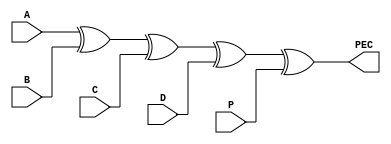
`timescale 1ns / 1ps


module checker(
input A,
input B,
input C,
input D,
input P,
output PEC
    );
assign PEC=A^B^C^D^P;
endmodule